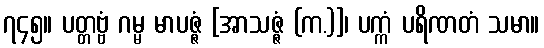
၇၄၅။ ပတ္တဗ္ဗံ ဂမ္မ မာပဇ္ဇံ [အာသဇ္ဇံ (က.)]၊ ပက္ကံ ပရိဏတံ သမာ။